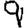
Digit: 9